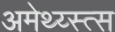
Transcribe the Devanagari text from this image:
अमेथ्य्स्त्स